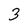
Character: 3